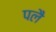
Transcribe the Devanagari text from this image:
पलै